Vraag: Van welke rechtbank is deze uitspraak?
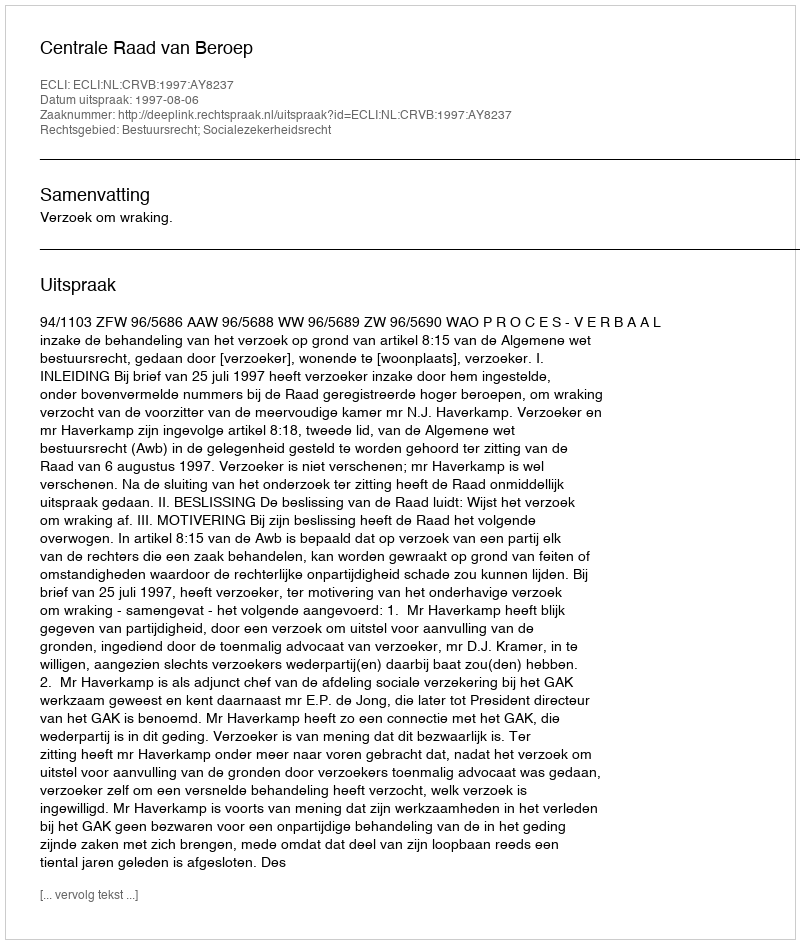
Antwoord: Centrale Raad van Beroep